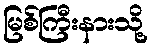
မြစ်ကြီးနားသို့